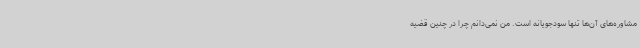
مشاوره‌های آن‌ها تنها سودجویانه‌ است. من نمی‌دانم چرا در چنین قضیه